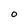
Character: o